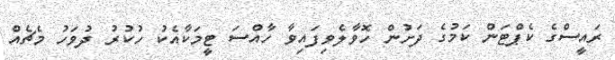
ރައީސްގެ ކެޕްޓަން ކަމުގެ ދަށުން ހޮވާލެވިފައިވާ ހާއްސަ ޓީމަކާއެކު ހުކުރު ދުވަހު މެޗެއް